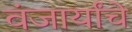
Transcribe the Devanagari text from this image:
वंजार्यांचे